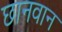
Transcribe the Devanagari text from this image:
छानवान